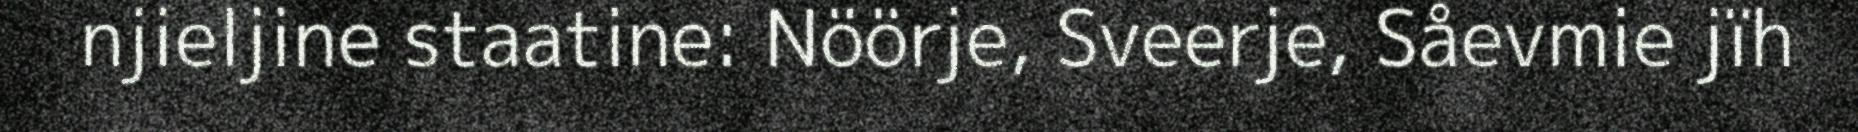
njieljine staatine: Nöörje, Sveerje, Såevmie jïh